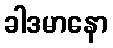
ခါဒမာနော